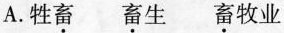
A.牲畜 畜生 畜牧业